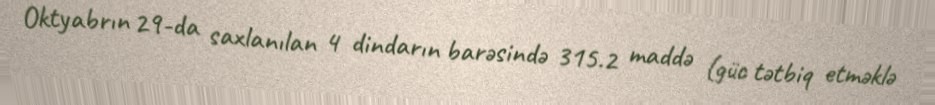
Oktyabrın 29-da saxlanılan 4 dindarın barəsində 315.2 maddə (güc tətbiq etməklə